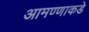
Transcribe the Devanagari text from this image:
आमण्णाकडे